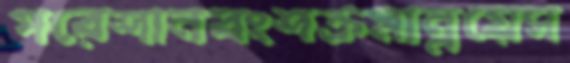
পরেশানবংশক্রমান্নয়েস